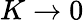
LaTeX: K\rightarrow 0